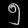
Digit: ၅